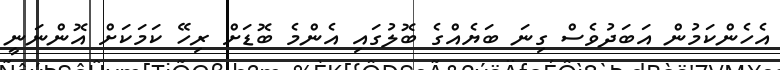
އެހެންކަމުން އަބަދުވެސް ގިނަ ބަޔެއްގެ ބޮލުގައި އެންމެ ބޮޑަށް ރިހޭ ކަމަކަށް އޮންނަނީ